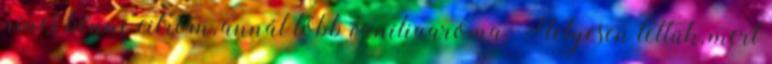
nincs benne citrom, annál több vaníliaaroma. Helyesen tettük, mert